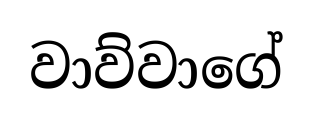
වාව්වාගේ